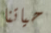
حياتنا